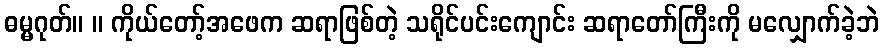
ဓမ္မဂုတ်။ ။ ကိုယ်တော့်အဖေက ဆရာဖြစ်တဲ့ သရိုင်ပင်းကျောင်း ဆရာတော်ကြီးကို မလျှောက်ခဲ့ဘဲ